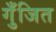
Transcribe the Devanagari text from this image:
गुँजित